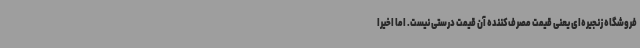
فروشگاه زنجیره‌ای یعنی قیمت مصرف‌کننده آن قیمت درستی نیست. اما اخیرا